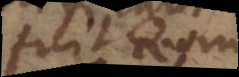
fui is